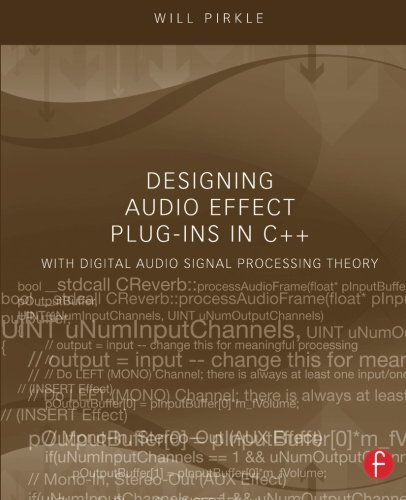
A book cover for Designing Audio Effect Plug-Ins in C++: With Digital Audio Signal Processing Theory; Will Pirkle; Computers & Technology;